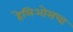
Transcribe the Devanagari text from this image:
हेलिओसचा